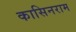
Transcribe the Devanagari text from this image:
कासिनराम